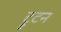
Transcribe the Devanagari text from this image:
ट्रुटन